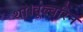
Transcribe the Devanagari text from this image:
था।वूल्वरिन